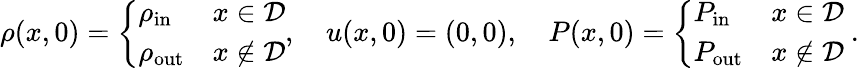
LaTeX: \begin{array}{r}{\rho(x,0)=\left\{ \begin{array}{ll}{\rho_{\mathrm{in}}}&{x\in\mathcal{D}}\\ {\rho_{\mathrm{out}}}&{x\notin\mathcal{D}}\end{array}\right.,\quad u(x,0)=(0,0),\quad P(x,0)=\left\{ \begin{array}{ll}{P_{\mathrm{in}}}&{x\in\mathcal{D}}\\ {P_{\mathrm{out}}}&{x\notin\mathcal{D}}\end{array}\right.\mathrm{~.}}\end{array}